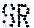
SR